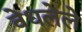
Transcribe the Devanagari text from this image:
वेधलेले